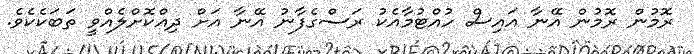
ރޮމުން ރޮމުން އޭނާ އައިސް ހުއްޓުމާއެކު ރަސްގެފާނު އޭނާ އަށް ދިއްކޮށްލެއްވީ ތަބަކެކެވެ.